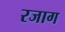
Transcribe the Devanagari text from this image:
रजाग